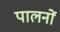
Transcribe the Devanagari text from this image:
पालनों